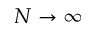
N \rightarrow \infty